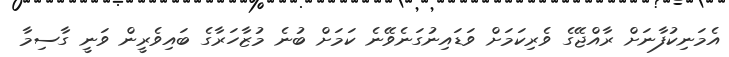
އެމަނިކުފާނަށް ރާއްޖޭގެ ވެރިކަމަށް ވަޑައިނުގަނެވޭނެ ކަމަށް ބުނެ މުޒާހަރާގެ ބައިވެރީން ވަނީ ގާސިމާ